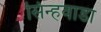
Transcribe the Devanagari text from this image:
सिन्हवाडा